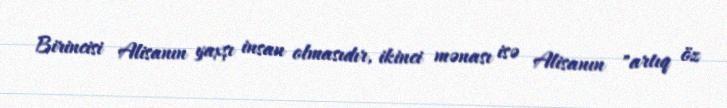
Birincisi Alisanın yaxşı insan olmasıdır, ikinci mənası isə Alisanın "artıq öz